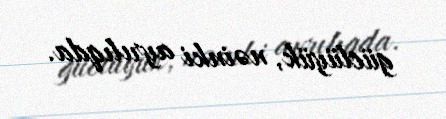
güclüyük, nəinki ayrılıqda.